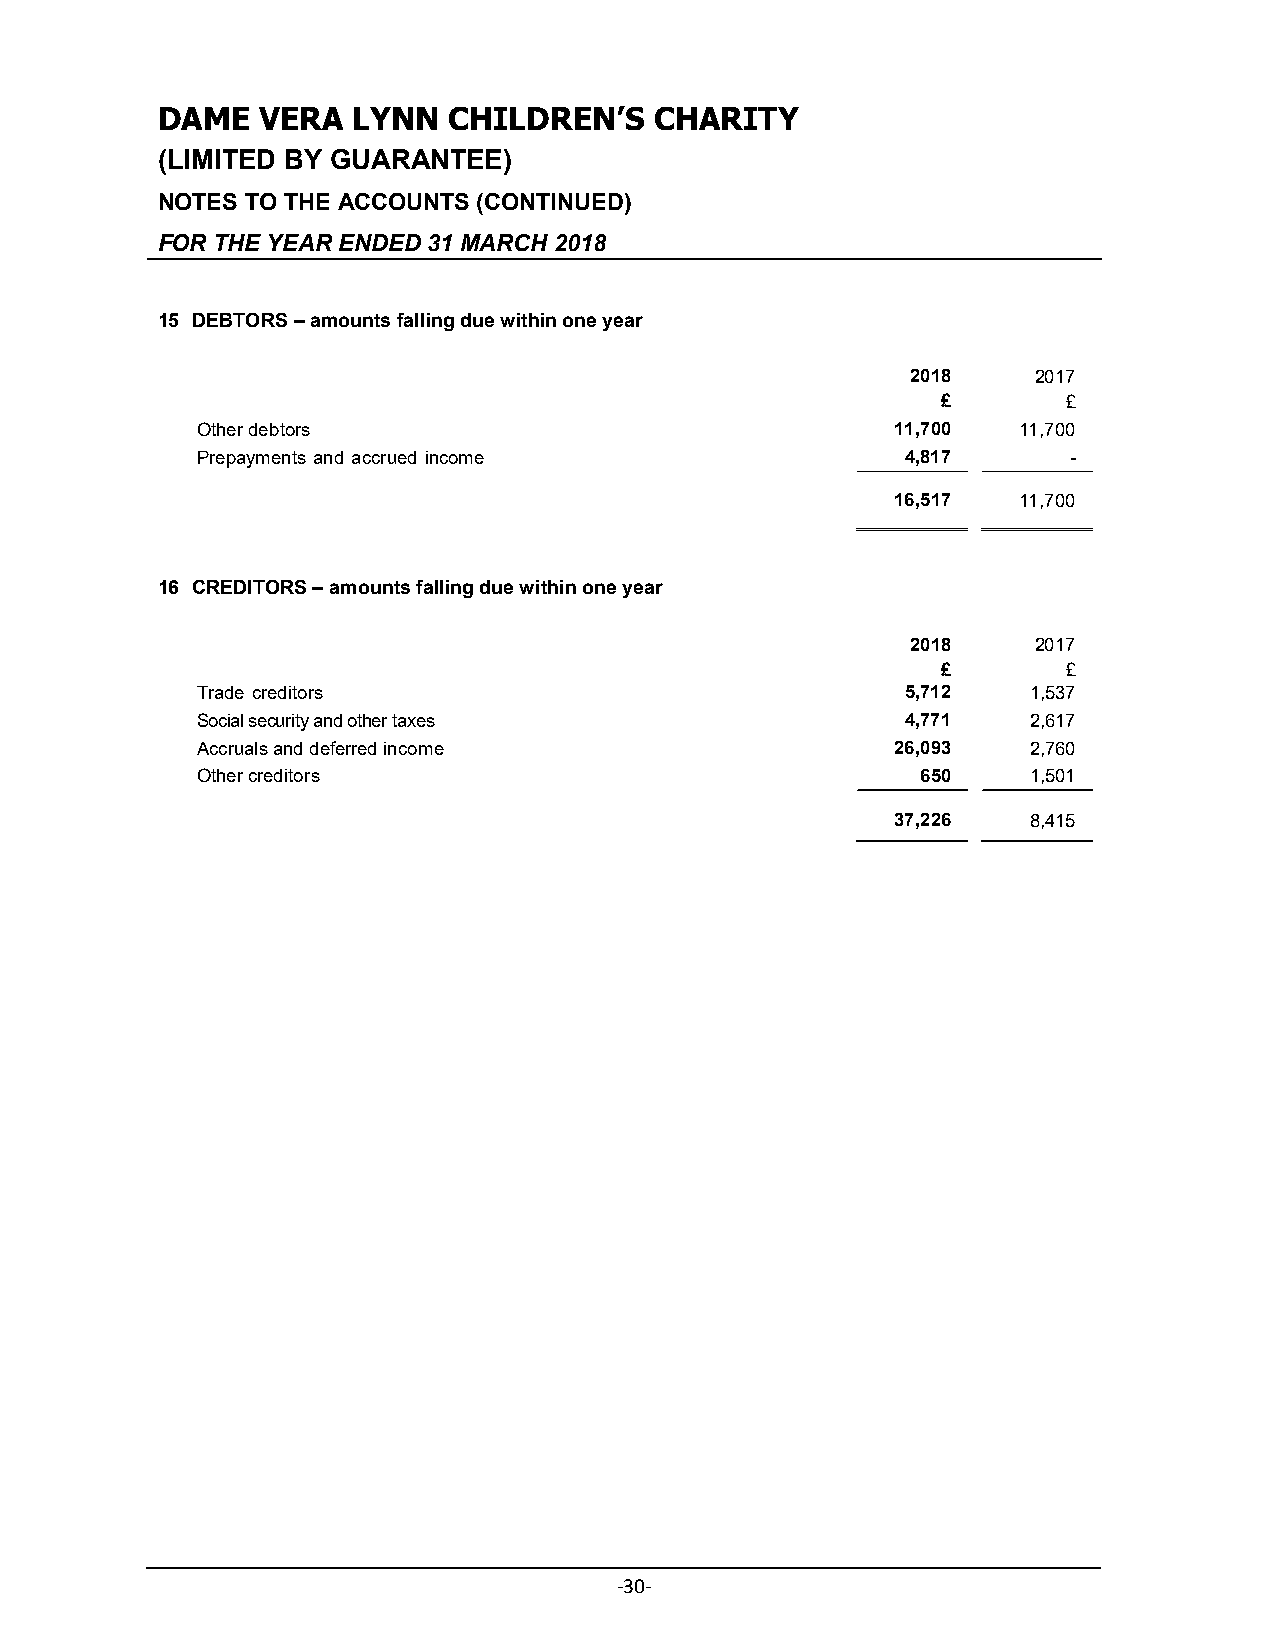
DAME   VERA  LYNN   CHILDREN’S   CHARITY
 (LIMITED BY GUARANTEE)
 NOTES TO THE ACCOUNTS (CONTINUED)
 FOR THE YEAR ENDED 31 MARCH 2018
 15 DEBTORS – amounts falling due within one year
 2018     2017
 £        £
 Other debtors                                 11,700  11,700
 Prepayments and accrued income                 4,817      -
 16,517  11,700
 16 CREDITORS – amounts falling due within one year
 2018     2017
 £        £
 Trade creditors                                5,712   1,537
 Social security and other taxes                4,771   2,617
 Accruals and deferred income                  26,093   2,760
 Other creditors                                 650    1,501
 37,226   8,415
 -30-